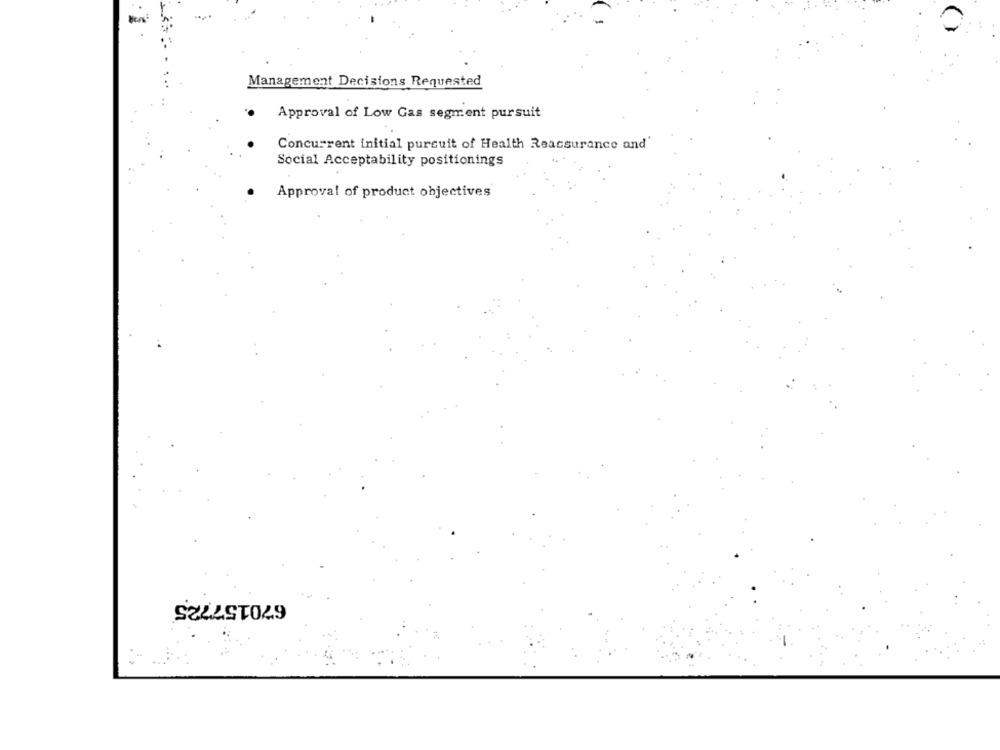
Management Decisions Requested
Approval of Low Gas segment pursuit
Concurrent initial pursuit of Health Reassurance and'
Social Acceptability positionings
Approval of product objectives
670157725